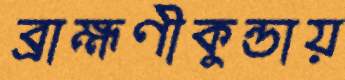
ব্রাহ্মণীকুন্ডায়